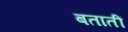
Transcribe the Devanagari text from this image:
बतातीं